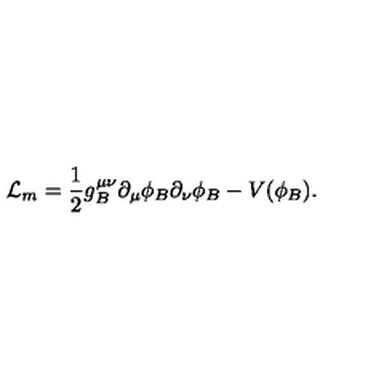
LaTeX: { \cal L } _ { m } = \frac { 1 } { 2 } g _ { B } ^ { \mu \nu } \partial _ { \mu } \phi _ { B } \partial _ { \nu } \phi _ { B } - V ( \phi _ { B } ) .